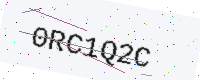
Text: 0RC1Q2C